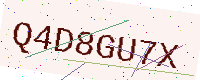
Text: Q4D8GU7X